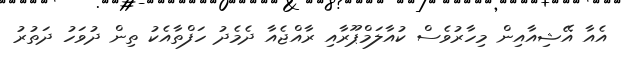
އެއާ އޭޝިއާއިން މިހާރުވެސް ކުއާލަމްޕޫރާއި ރާއްޖެއާ ދެމެދު ހަފްތާއެކު ތިން ދުވަހު ދަތުރު